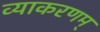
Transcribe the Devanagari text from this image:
व्याकरणम्